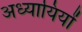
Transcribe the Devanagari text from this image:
अध्यायियों